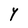
Character: Y